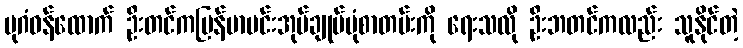
ပုဂံဝန်ထောက် ဦးတင်ကမြန်မာမင်းအုပ်ချုပ်ပုံစာတမ်းကို ရေးသလို ဦးဘတင်ကလည်း သူနိုင်တဲ့